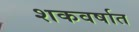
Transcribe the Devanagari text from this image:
शकवर्षात